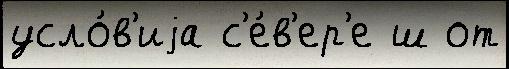
усло́в'иjа с'е́в'ер'е ш от